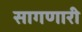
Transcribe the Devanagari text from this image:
सागणारी